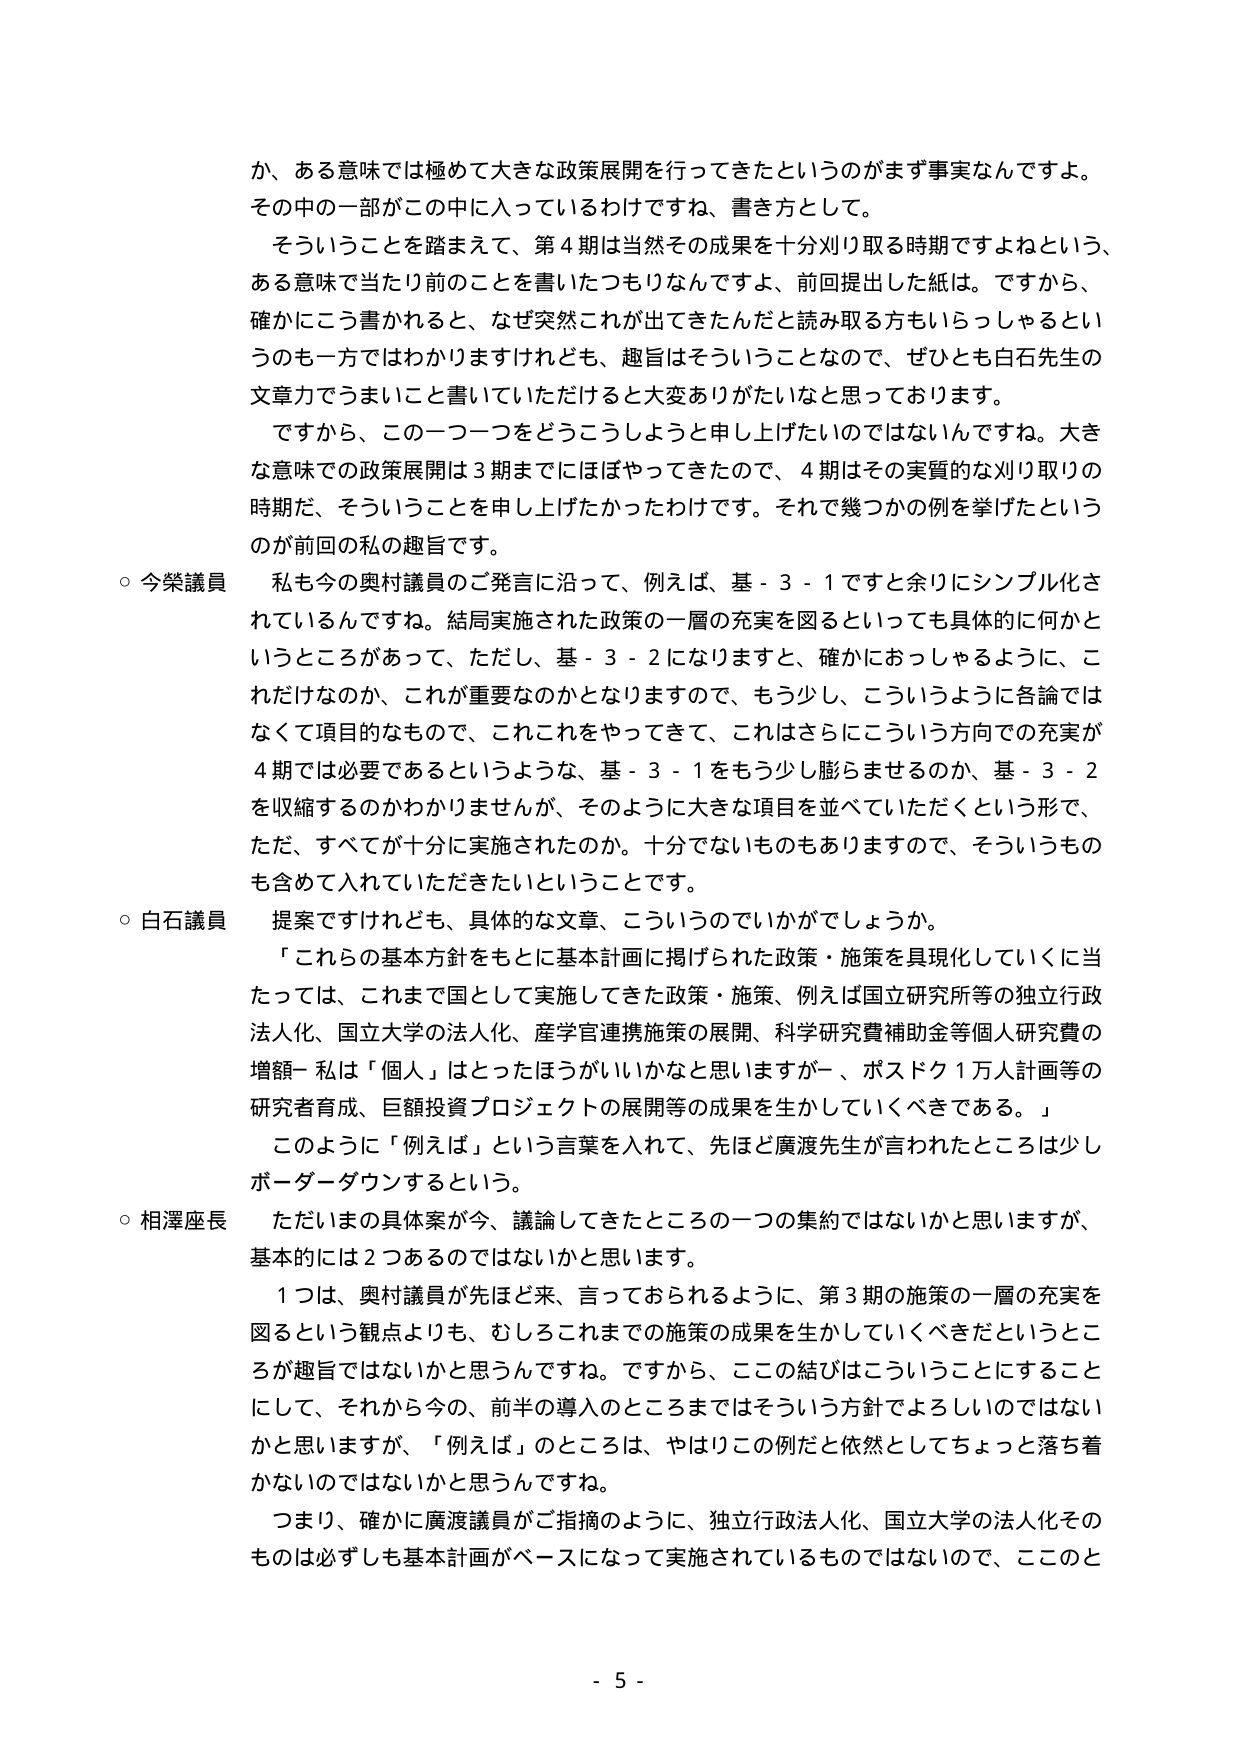
か、ある意味では極めて大きな政策展開を行ってきたというのがまず事実なんですよ。
その中の一部がこの中に入っているわけですな、書き方として。
そういうことを踏まえて、第４期は当然その成果を十分刈り取る時期ですよねという、
ある意味で当たり前のこと書いたつもりなんですよ、前回提出した紙は。ですから、
確かにこう書かれると、なぜ突然これが出てきたんだと読み取る方もいらっしゃるとい
うのも一方ではわかりますけれども、趣旨はそういうことなので、ぜひとも白石先生の
文章力でうまいこと書いていただけると大変ありがたいなと思っております。
ですから、この一つ一つをどうこうしようと申し上げたいのではないんですね。大き
な意味での政策展開は３期までにははやってきたので、４期はその実質的な刈り取りの
時期だ、そういうことを申し上げたかったわけです。それで幾つかの例を挙げたという
のが前回の私の趣旨です。
○ 今榮議員　私も今の奥村議員のご発言に沿って、例えば、基－３－１ですと余りにシンプル化さ
れているんですね。結局実施された政策の一層の充実を図るといっても具体的に何かと
いうところがあって、ただし、基－３－２になりますと、確かにおっしゃるように、こ
れだけなのか、これが重要なのかとなりますので、もう少し、こういうように各論では
なくて項目的なもので、これこれをやってきて、これはさらにこういう方向での充実が
４期では必要であるというような、基－３－１をもう少し膨らませるのか、基－３－２
を収縮するのかわかりませんが、そのように大きな項目を並べていただくという形で、
ただ、すべてが十分に実施されたのか。十分でないものもありますので、そういうもの
も含めて入れていただきたいということです。
○ 白石議員　提案ですけれども、具体的な文章、こういうのでいかがでしょうか。
「これらの基本方針をもとに基本計画に掲げられた政策・施策を具現化していくに当
たっては、これまで国として実施してきた政策・施策、例えば国立研究所等の独立行政
法人化、国立大学の法人化、産学官連携施策の展開、科学研究費補助金等個人研究費の
増額－私は「個人」はとったほうがいいかなと思いますが－、ポスドク１万人計画等の
研究者育成、巨額投資プロジェクトの展開等の成果を生かしていくべきである。」
このように「例えば」という言葉を入れて、先ほど廣渡先生が言われたところは少し
ボーダーダウンするという。
○ 相澤座長　ただいまの具体案が今、議論してきたところの一つの集約ではないかと思いますが、
基本的には２つあるのではないかと思います。
１つは、奥村議員が先ほど来、言っておられるように、第３期の施策の一層の充実を
図るという観点よりも、むしろこれまでの施策の成果を生かしていくべきだというとこ
ろが趣旨ではないかと思うんですね。ですから、この結びはこういうことにすること
にして、それから今の、前半の導入のところまではそういう方針でよろしいのではない
かと思いますが、「例えば」のところは、やはりこの例だと依然としてちょっと落ち着
かないのではないかと思うんですね。
つまり、確かに廣渡議員がご指摘のように、独立行政法人化、国立大学の法人化その
ものは必ずしも基本計画がベースになって実施されているものではないので、ここのと
- 5 -